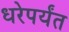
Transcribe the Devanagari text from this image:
धरेपर्यंत